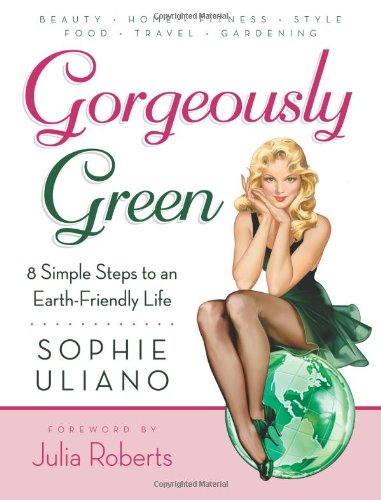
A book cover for Gorgeously Green : 8 Simple Steps to an Earth-Friendly Life; Sophie Uliano; Crafts, Hobbies & Home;